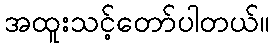
အထူးသင့်တော်ပါတယ်။